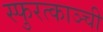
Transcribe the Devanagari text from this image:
स्फुरत्काञ्ची